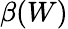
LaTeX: \beta(W)